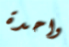
واحدة